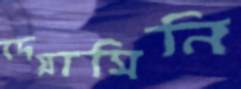
দেয়াসিনি